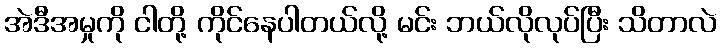
အဲဒီအမှုကို ငါတို့ ကိုင်နေပါတယ်လို့ မင်း ဘယ်လိုလုပ်ပြီး သိတာလဲ